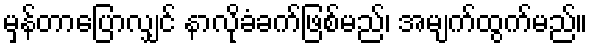
မှန်တာပြောလျှင် နာလိုခံခက်ဖြစ်မည်၊ အမျက်ထွက်မည်။